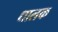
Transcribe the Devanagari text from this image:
धालक